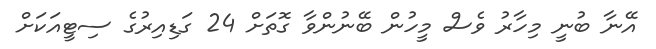
އޭނާ ބުނީ މިހާރު ވެސް މީހުން ބޭނުންވާ ގޮތަށް 24 ގަޑިއިރުގެ ސިޓީއަކަށް